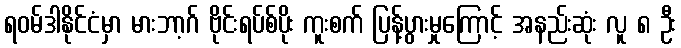
ရဝမ်ဒါနိုင်ငံမှာ မားဘာ့ဂ် ဗိုင်းရပ်စ်ပိုး ကူးစက် ပြန့်ပွားမှုကြောင့် အနည်းဆုံး လူ ၈ ဦး